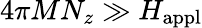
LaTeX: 4\pi MN_{z}\gg H_{\mathrm{appl}}